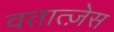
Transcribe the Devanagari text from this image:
वतात्ज़ेस